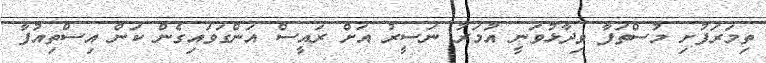
ތިމަރަފުށި މުސްތަފާ ވިދާޅުވަނީ އުމަރު ނަސީރު އަށް ރައީސް އަންގަވައިގެން ކަން އިސްތިއުފާ